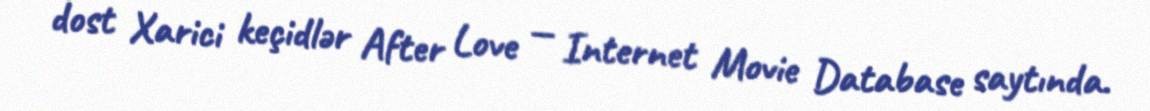
dost Xarici keçidlər After Love — Internet Movie Database saytında.